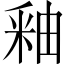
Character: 釉